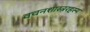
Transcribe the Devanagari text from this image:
वचनशास्त्ररहस्य